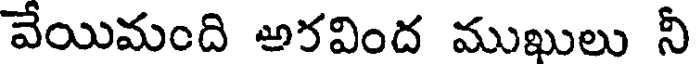
వేయిమంది అరవింద ముఖులు నీ